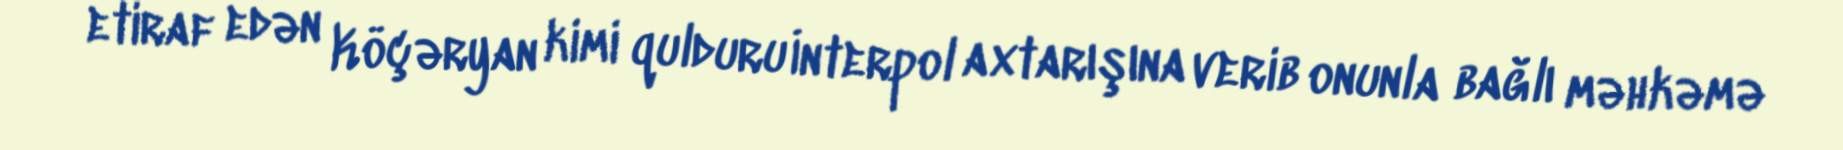
etiraf edən Köçəryan kimi qulduru İnterpol axtarışına verib onunla bağlı məhkəmə